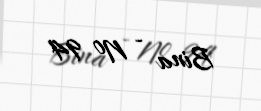
Bina - № 94